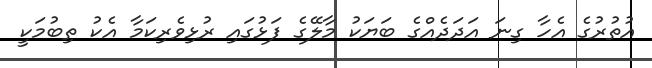
އުތުރުގެ އެހާ ގިނަ އަދަދެއްގެ ބަޔަކު މާލޭގެ ފަޅުގައި ރުޅިވެރިކަމާ އެކު ތިބުމަކީ